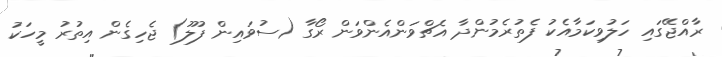
ރާއްޖޭގައި ހަލުވިކަމާއެކު ފެތުރެމުންދާ އެޗްވަންއެންވަން ރޯގާ (ސުވައިން ފުލޫ) ޖެހިގެން އިތުރު މީހަކު